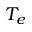
T _ { e }